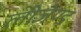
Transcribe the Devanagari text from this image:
लीजेण्ड